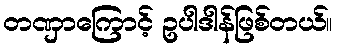
တဏှာကြောင့် ဥပါဒါန်ဖြစ်တယ်။